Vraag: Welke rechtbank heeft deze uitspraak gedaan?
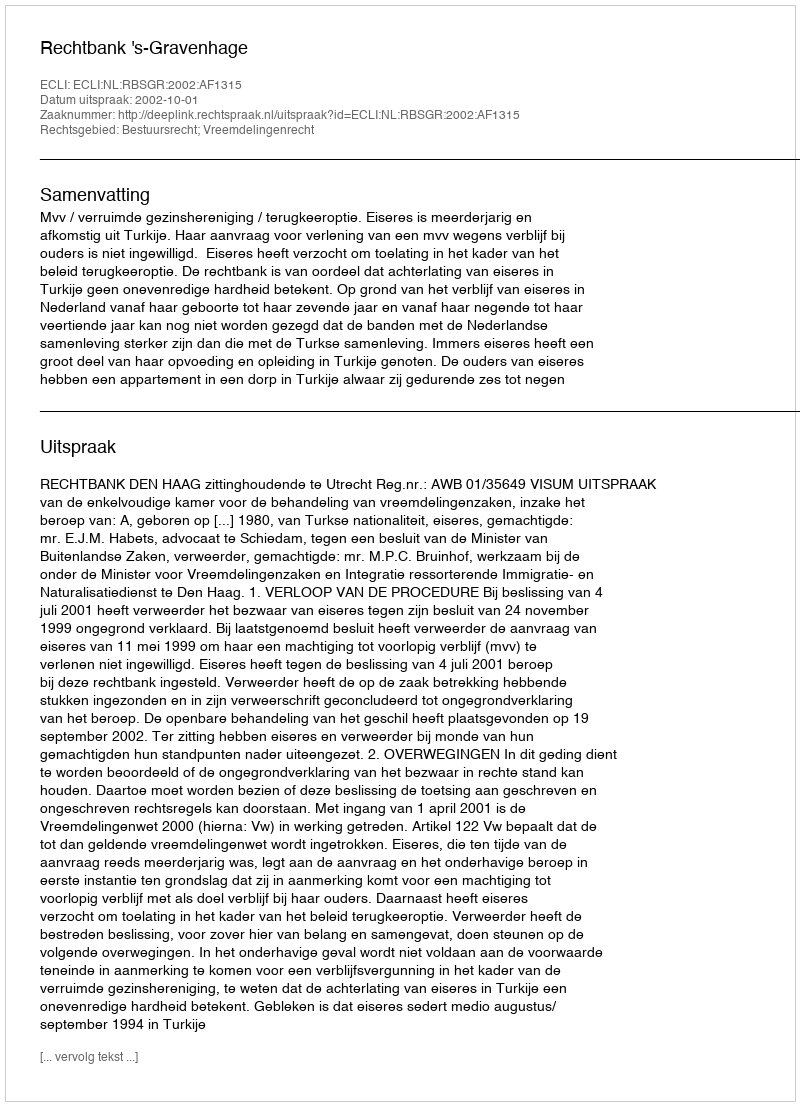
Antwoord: Rechtbank 's-Gravenhage